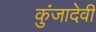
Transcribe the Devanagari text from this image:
कुंजादेवी